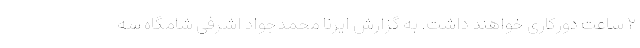
۲ ساعت دورکاری خواهند داشت. به گزارش ایرنا محمدجواد اشرفی شامگاه سه